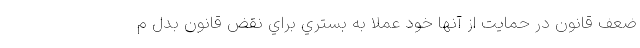
ضعف قانون در حمايت از آنها خود عملا به بستري براي نقض قانون بدل م